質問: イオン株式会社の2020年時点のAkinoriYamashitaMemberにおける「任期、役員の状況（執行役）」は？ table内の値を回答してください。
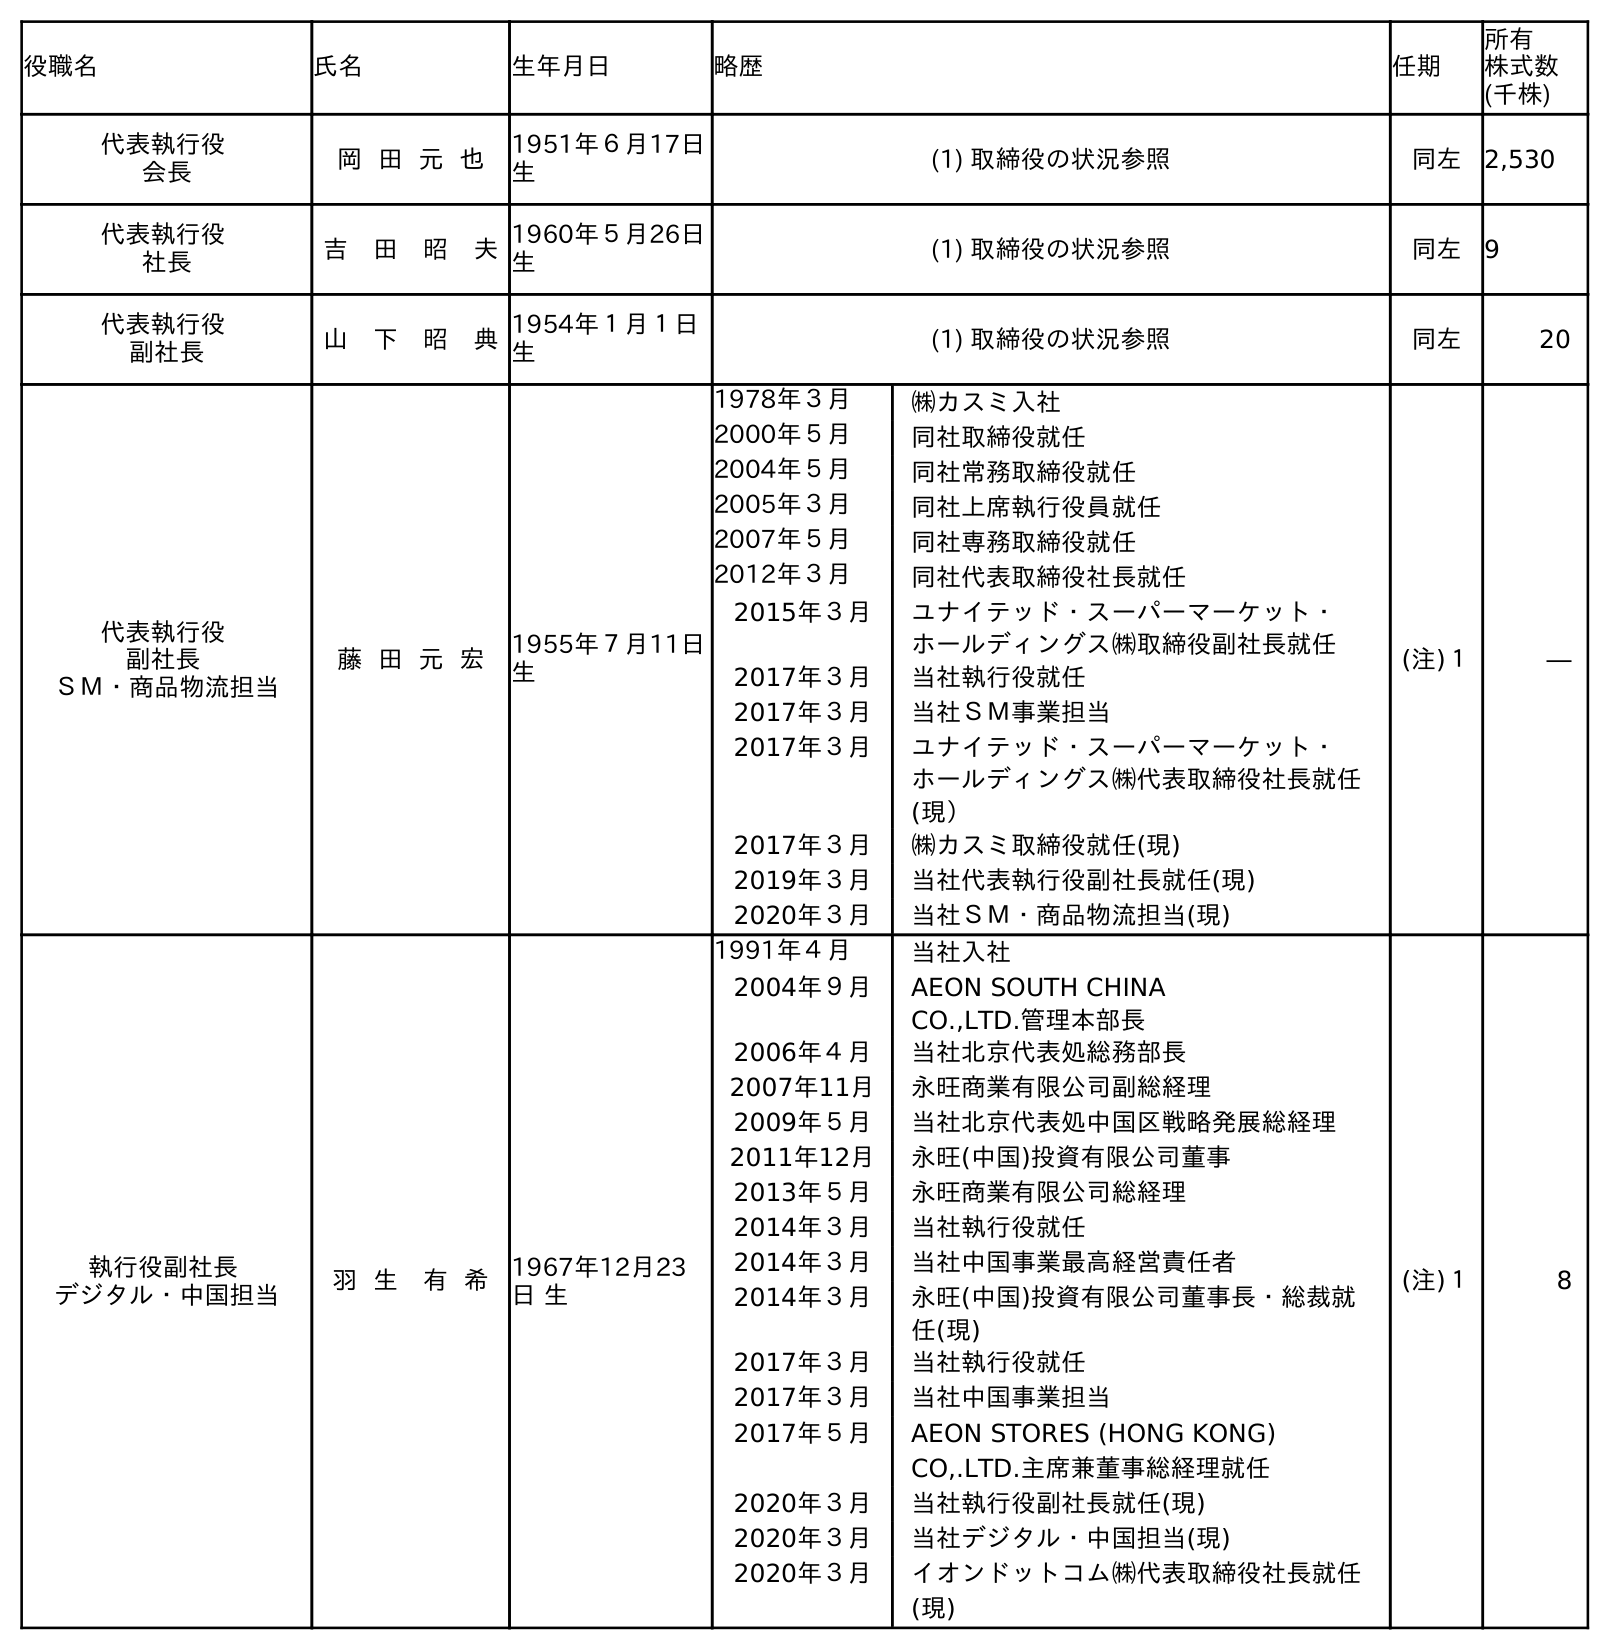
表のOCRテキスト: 役職名 氏名 生年月日 略歴 任期 所有 株式数 (千株) 代表執行役 会長 岡 田 元 也 1951年６月17日 生 (1) 取締役の状況参照 同左 2,530 代表執行役 社長 吉 田 昭 夫1960年５月26日 生 (1) 取締役の状況参照 同左 9 代表執行役 副社長 山 下 昭 典1954年１月１日 生 (1) 取締役の状況参照 同左 20 代表執行役 副社長 ＳＭ・商品物流担当 藤 田 元 宏 1955年７月11日 生 1978年３月 ㈱カスミ入社 2000年５月 同社取締役就任 2004年５月 同社常務取締役就任 2005年３月 同社上席執行役員就任 2007年５月 同社専務取締役就任 2012年３月 同社代表取締役社長就任 2015年３月 ユナイテッド・スーパーマーケット・ ホールディングス㈱取締役副社長就任 2017年３月 当社執行役就任 2017年３月 当社ＳＭ事業担当 2017年３月 ユナイテッド・スーパーマーケット・ ホールディングス㈱代表取締役社長就任 (現） 2017年３月 ㈱カスミ取締役就任(現) 2019年３月 当社代表執行役副社長就任(現) 2020年３月 当社ＳＭ・商品物流担当(現) (注)１ ― 執行役副社長 デジタル・中国担当 羽 生 有 希 1967年12月23 日 生 1991年４月 当社入社 2004年９月 AEON SOUTH CHINA CO.,LTD.管理本部長 2006年４月 当社北京代表処総務部長 2007年11月 永旺商業有限公司副総経理 2009年５月 当社北京代表処中国区戦略発展総経理 2011年12月 永旺(中国)投資有限公司董事 2013年５月 永旺商業有限公司総経理 2014年３月 当社執行役就任 2014年３月 当社中国事業最高経営責任者 2014年３月 永旺(中国)投資有限公司董事長・総裁就 任(現) 2017年３月 当社執行役就任 2017年３月 当社中国事業担当 2017年５月 AEON STORES (HONG KONG) CO,.LTD.主席兼董事総経理就任 2020年３月 当社執行役副社長就任(現) 2020年３月 当社デジタル・中国担当(現) 2020年３月 イオンドットコム㈱代表取締役社長就任 (現) (注)１ 8
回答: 同左